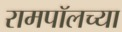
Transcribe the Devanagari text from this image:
रामपॉलच्या